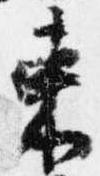
束